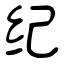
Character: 纪